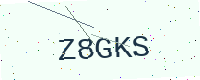
Text: Z8GKS